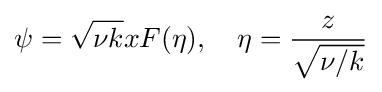
\psi ={\sqrt {\nu k}}xF(\eta ),\quad \eta ={\frac {z}{\sqrt {\nu /k}}}